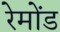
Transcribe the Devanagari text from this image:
रेमोंड